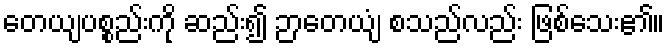
တေယျပစ္စည်းကို ဆည်း၍ ဉာတေယျံ စသည်လည်း ဖြစ်သေး၏။